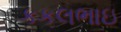
કકલભાઇ